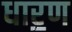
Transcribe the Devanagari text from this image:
धार॒ण